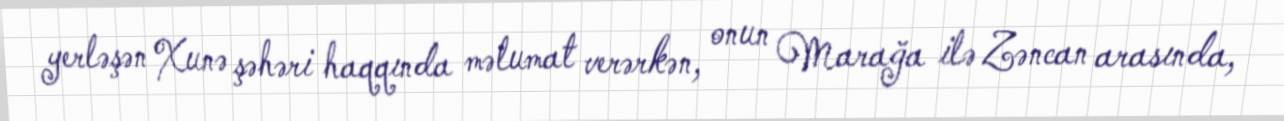
yerləşən Xunə şəhəri haqqında məlumat verərkən, onun Marağa ilə Zəncan arasında,